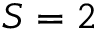
S = 2